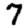
Digit: 7